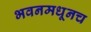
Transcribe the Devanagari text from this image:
भवनमधूनच